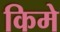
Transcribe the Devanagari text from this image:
किमे